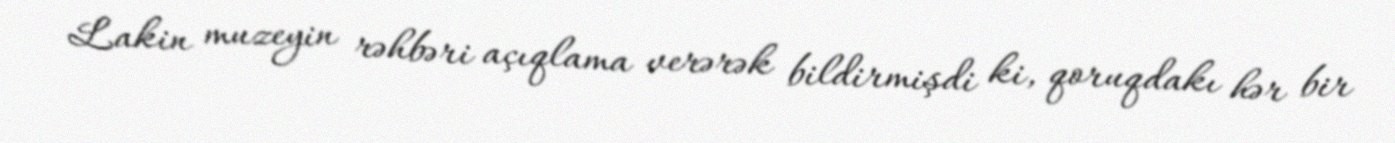
Lakin muzeyin rəhbəri açıqlama verərək bildirmişdi ki, qoruqdakı hər bir